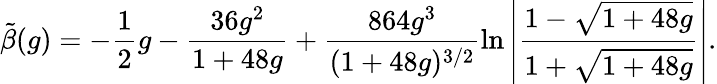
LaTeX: \tilde{\beta}(g)=-\frac{1}{2}g-\frac{36g^{2}}{1+48g}+\frac{864g^{3}}{(1+48g)^{3/2}}\ln\left|\frac{1-\sqrt{1+48g}}{1+\sqrt{1+48g}}\right|.